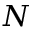
N